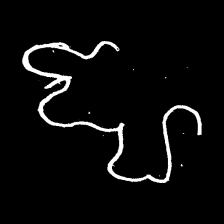
Pyu character \u2014 Myanmar letter: ဈ (romanized: jha)